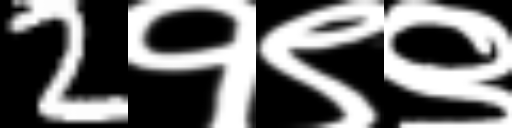
Text: 2१९९